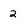
Character: 2